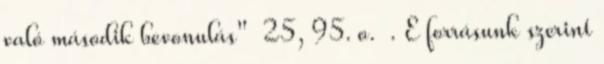
való második bevonulás" 25, 95. o. . E forrásunk szerint